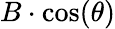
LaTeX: \displaystyle B\cdot\cos(\theta)